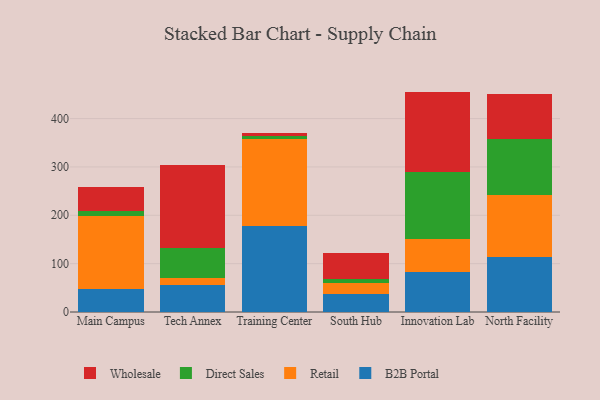
{"axis": {"x": "Campus", "y": "Conversion Rate (%)"}, "legend": ["B2B Portal", "Direct Sales", "Retail", "Wholesale"], "data": [{"x": "Main Campus", "y": 48.4, "type": "B2B Portal"}, {"x": "Main Campus", "y": 151.1, "type": "Retail"}, {"x": "Main Campus", "y": 9.1, "type": "Direct Sales"}, {"x": "Main Campus", "y": 49.4, "type": "Wholesale"}, {"x": "Tech Annex", "y": 56.2, "type": "B2B Portal"}, {"x": "Tech Annex", "y": 13.2, "type": "Retail"}, {"x": "Tech Annex", "y": 63.9, "type": "Direct Sales"}, {"x": "Tech Annex", "y": 170.4, "type": "Wholesale"}, {"x": "Training Center", "y": 178.8, "type": "B2B Portal"}, {"x": "Training Center", "y": 178.3, "type": "Retail"}, {"x": "Training Center", "y": 6.0, "type": "Direct Sales"}, {"x": "Training Center", "y": 7.7, "type": "Wholesale"}, {"x": "South Hub", "y": 37.5, "type": "B2B Portal"}, {"x": "South Hub", "y": 23.0, "type": "Retail"}, {"x": "South Hub", "y": 7.6, "type": "Direct Sales"}, {"x": "South Hub", "y": 54.1, "type": "Wholesale"}, {"x": "Innovation Lab", "y": 83.6, "type": "B2B Portal"}, {"x": "Innovation Lab", "y": 67.9, "type": "Retail"}, {"x": "Innovation Lab", "y": 137.9, "type": "Direct Sales"}, {"x": "Innovation Lab", "y": 166.4, "type": "Wholesale"}, {"x": "North Facility", "y": 113.6, "type": "B2B Portal"}, {"x": "North Facility", "y": 128.4, "type": "Retail"}, {"x": "North Facility", "y": 115.2, "type": "Direct Sales"}, {"x": "North Facility", "y": 93.0, "type": "Wholesale"}]}